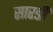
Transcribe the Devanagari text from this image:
सारङी